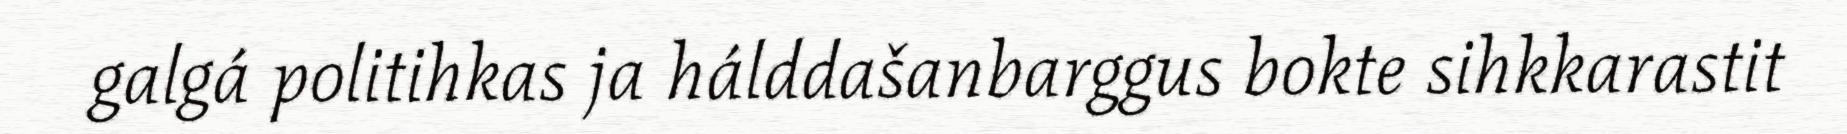
galgá politihkas ja hálddašanbarggus bokte sihkkarastit